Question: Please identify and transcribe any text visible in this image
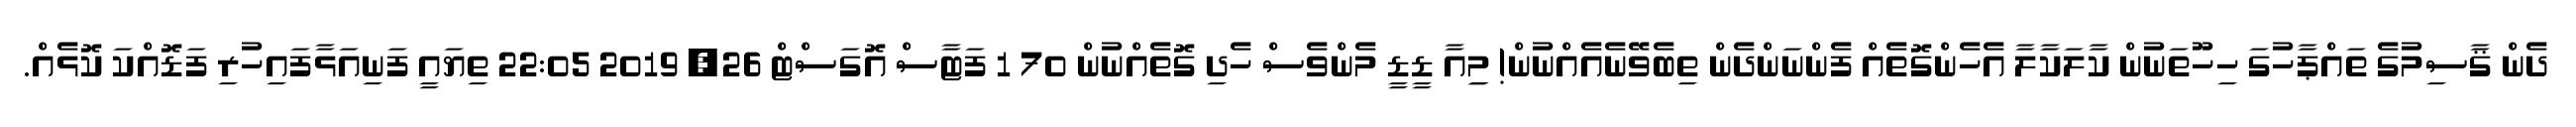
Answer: ދެން ޤާސިމުގެ ތައްޕާހުގަ ހިހޫތަނުން ކާލަކާލާ އެހެންގޮތެއް ފެންނަންދެން ތިބެވޭނެއެއްނުން! މިިިއާ ޑީޑީ މެންވެސް ހެދި ގޮތެއްނުން 70 1 ފަޓާސް އޮގަސްޓް 26, 2019 22:05 ތިޔައީ ފަނިއަޅާފައިހުރި ފަޑޮއްކަ ކޮޅެއް.